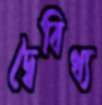
দ্বৈবিধ্য